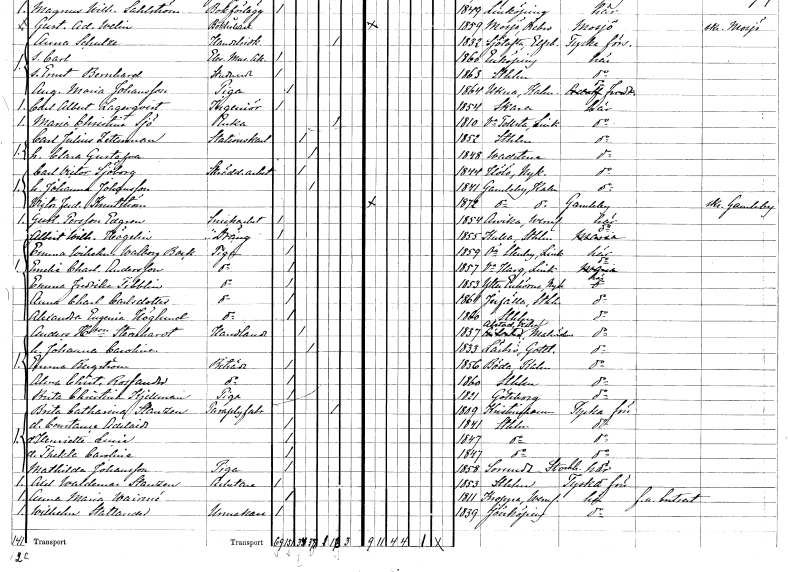
gt_parse: households: individuals: FN: Carl Victor
EN: Sjöberg
YRKE: Skrädderiarbetare
KON: M
CIV: G
FODAR: 1844
FODFORS: Hölö Stockholms län
FN: Johanna
EN: Johansson
KON: K
CIV: G
FODAR: 1841
FODFORS: Gamleby Kalmar län
FN: Victor Ferdinand
EN: Knutström
KON: M
CIV: O
FODAR: 1872
FODFORS: Gamleby Kalmar län
FN: Gustaf
EN: Persson Edgren
YRKE: Snickeriarbetare
KON: M
CIV: O
FODAR: 1854
FODFORS: Arvika Värmlands län
FN: Albert Wilhelm
EN: Högelin
YRKE: Dräng
KON: M
CIV: O
FODAR: 1855
FODFORS: Kulla Stockholms län
FN: Emma Wilhelmina Walborg
EN: Bock
YRKE: Piga
KON: K
CIV: O
FODAR: 1859
FODFORS: Östra Stenby Östergötlands län
FN: Emelie Charlotta
EN: Andersson
YRKE: Piga
KON: K
CIV: O
FODAR: 1857
FODFORS: Västra Harg Östergötlands län
FN: Emma Fredrika
EN: Tibblin
YRKE: Piga
KON: K
CIV: O
FODAR: 1853
FODFORS: Ytterenhörna Stockholms län
FN: Anna Charlotta
EN: Carlsdotter
YRKE: Piga
KON: K
CIV: O
FODAR: 1861
FODFORS: Järfälla Stockholms län
FN: Alexandra Eugenia
EN: Höglund
YRKE: Piga
KON: K
CIV: O
FODAR: 1860
FODFORS: Stockholm
FN: Anders
EN: H:son Stenhardt
YRKE: Handlande
KON: M
CIV: G
FODAR: 1837
FODFORS: Västra Alstad Malmöhus län
FN: Johanna Carolina
KON: K
CIV: G
FODAR: 1833
FODFORS: Lärbro Gotlands län
FN: Emma
EN: Bergström
YRKE: Biträde
KON: K
CIV: O
FODAR: 1856
FODFORS: Böda Kalmar län
FN: Alma Christina
EN: Rossander
YRKE: Biträde
KON: K
CIV: O
FODAR: 1860
FODFORS: Stockholm
FN: Brita Christina
EN: Kjellman
YRKE: Piga
KON: K
CIV: O
FODAR: 1821
FODFORS: Göteborg Göteborgs- och Bohuslän
FN: Brita Catharina
EN: Stanzen
YRKE: Paraplyfabrikör
KON: K
CIV: E
FODAR: 1809
FODFORS: Kristinehamn Värmlands län
FN: Constance Adelaide
KON: K
CIV: O
FODAR: 1841
FODFORS: Stockholm
FN: Henriette Lucia
KON: K
CIV: O
FODAR: 1847
FODFORS: Stockholm
FN: Thekla Carolina
KON: K
CIV: O
FODAR: 1847
FODFORS: Stockholm
FN: Mathilda
EN: Johansson
YRKE: Piga
KON: K
CIV: O
FODAR: 1858
FODFORS: Sorunda Stockholms län
FN: Axel Waldemar
EN: Stanzen
YRKE: Arbetare
KON: M
CIV: O
FODAR: 1853
FODFORS: Stockholm
FN: Anna Maria
EN: Wairmé
KON: K
CIV: O
FODAR: 1811
FODFORS: Kroppa Värmlands län
FN: Wilhelm
EN: Stattander
YRKE: Urmakare
KON: M
CIV: O
FODAR: 1839
FODFORS: Jönköping Jönköpings län